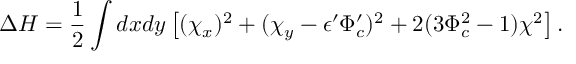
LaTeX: \Delta H = \frac { 1 } { 2 } \int d x d y \left[ ( \chi _ { x } ) ^ { 2 } + ( \chi _ { y } - \epsilon ^ { \prime } \Phi _ { c } ^ { \prime } ) ^ { 2 } + 2 ( 3 \Phi _ { c } ^ { 2 } - 1 ) \chi ^ { 2 } \right] .